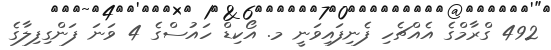
492 ގްރާމްގެ އެއްޗެހި ފެނިފައިވަނީ މ. އޯކިޑް ހައުސްގެ 4 ވަނަ ފަންގިފިލާގެ